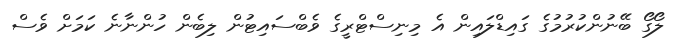
ލޯގޯ ބޭނުންކުރުމުގެ ގައިޑްލައިން އެ މިނިސްޓްރީގެ ވެބްސައިޓުން ލިބެން ހުންނާނެ ކަމަށް ވެސް